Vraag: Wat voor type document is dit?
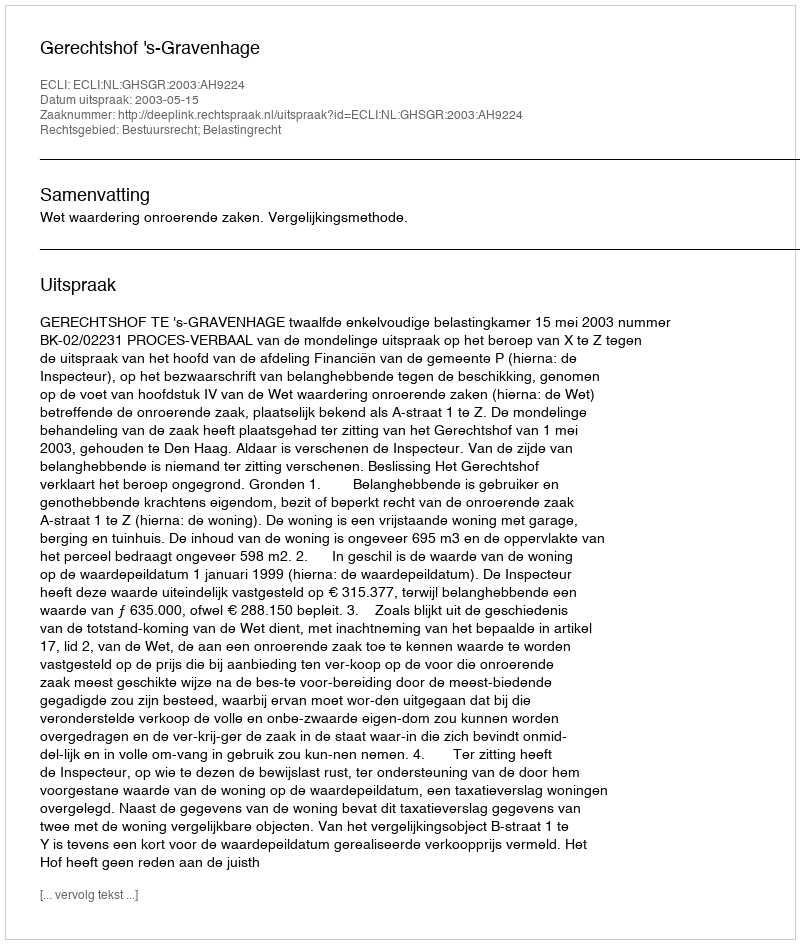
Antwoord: Uitspraak